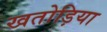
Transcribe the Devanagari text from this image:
खतोड़िया